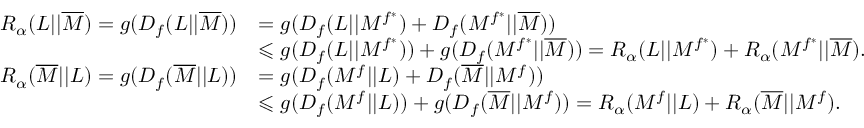
\begin{array} { r l } { R _ { \alpha } ( L | | \overline { { M } } ) = g ( D _ { f } ( L | | \overline { { M } } ) ) } & { = g ( D _ { f } ( L | | M ^ { f ^ { * } } ) + D _ { f } ( M ^ { f ^ { * } } | | \overline { { M } } ) ) } \\ & { \leqslant g ( D _ { f } ( L | | M ^ { f ^ { * } } ) ) + g ( D _ { f } ( M ^ { f ^ { * } } | | \overline { { M } } ) ) = R _ { \alpha } ( L | | M ^ { f ^ { * } } ) + R _ { \alpha } ( M ^ { f ^ { * } } | | \overline { { M } } ) . } \\ { R _ { \alpha } ( \overline { { M } } | | L ) = g ( D _ { f } ( \overline { { M } } | | L ) ) } & { = g ( D _ { f } ( M ^ { f } | | L ) + D _ { f } ( \overline { { M } } | | M ^ { f } ) ) } \\ & { \leqslant g ( D _ { f } ( M ^ { f } | | L ) ) + g ( D _ { f } ( \overline { { M } } | | M ^ { f } ) ) = R _ { \alpha } ( M ^ { f } | | L ) + R _ { \alpha } ( \overline { { M } } | | M ^ { f } ) . } \end{array}